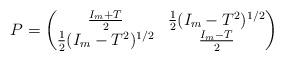
LaTeX: \begin{align*}P=\begin{pmatrix}\frac{I_m+T}{2} & \frac{1}{2}(I_m-T^2)^{1/2}\\\frac{1}{2}(I_m-T^2)^{1/2} & \frac{I_m-T}{2}\end{pmatrix}\end{align*}